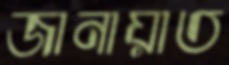
জানায়াত